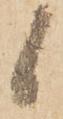
候